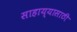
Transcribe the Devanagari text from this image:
साहाय्यासाठी